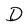
Character: D